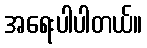
အရေးပါပါတယ်။